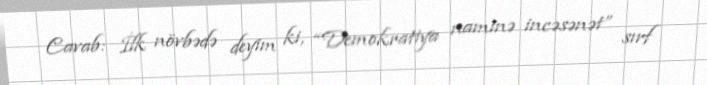
Cavab: İlk növbədə deyim ki, “Demokratiya naminə incəsənət” sırf